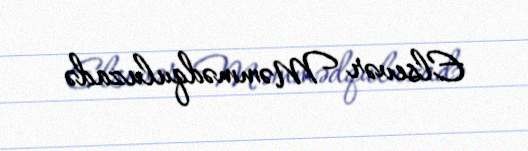
Elsevər Məmmədquluzadə